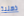
ذهنية